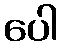
ပေါ